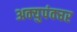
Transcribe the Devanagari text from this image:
अक्युपंक्चर